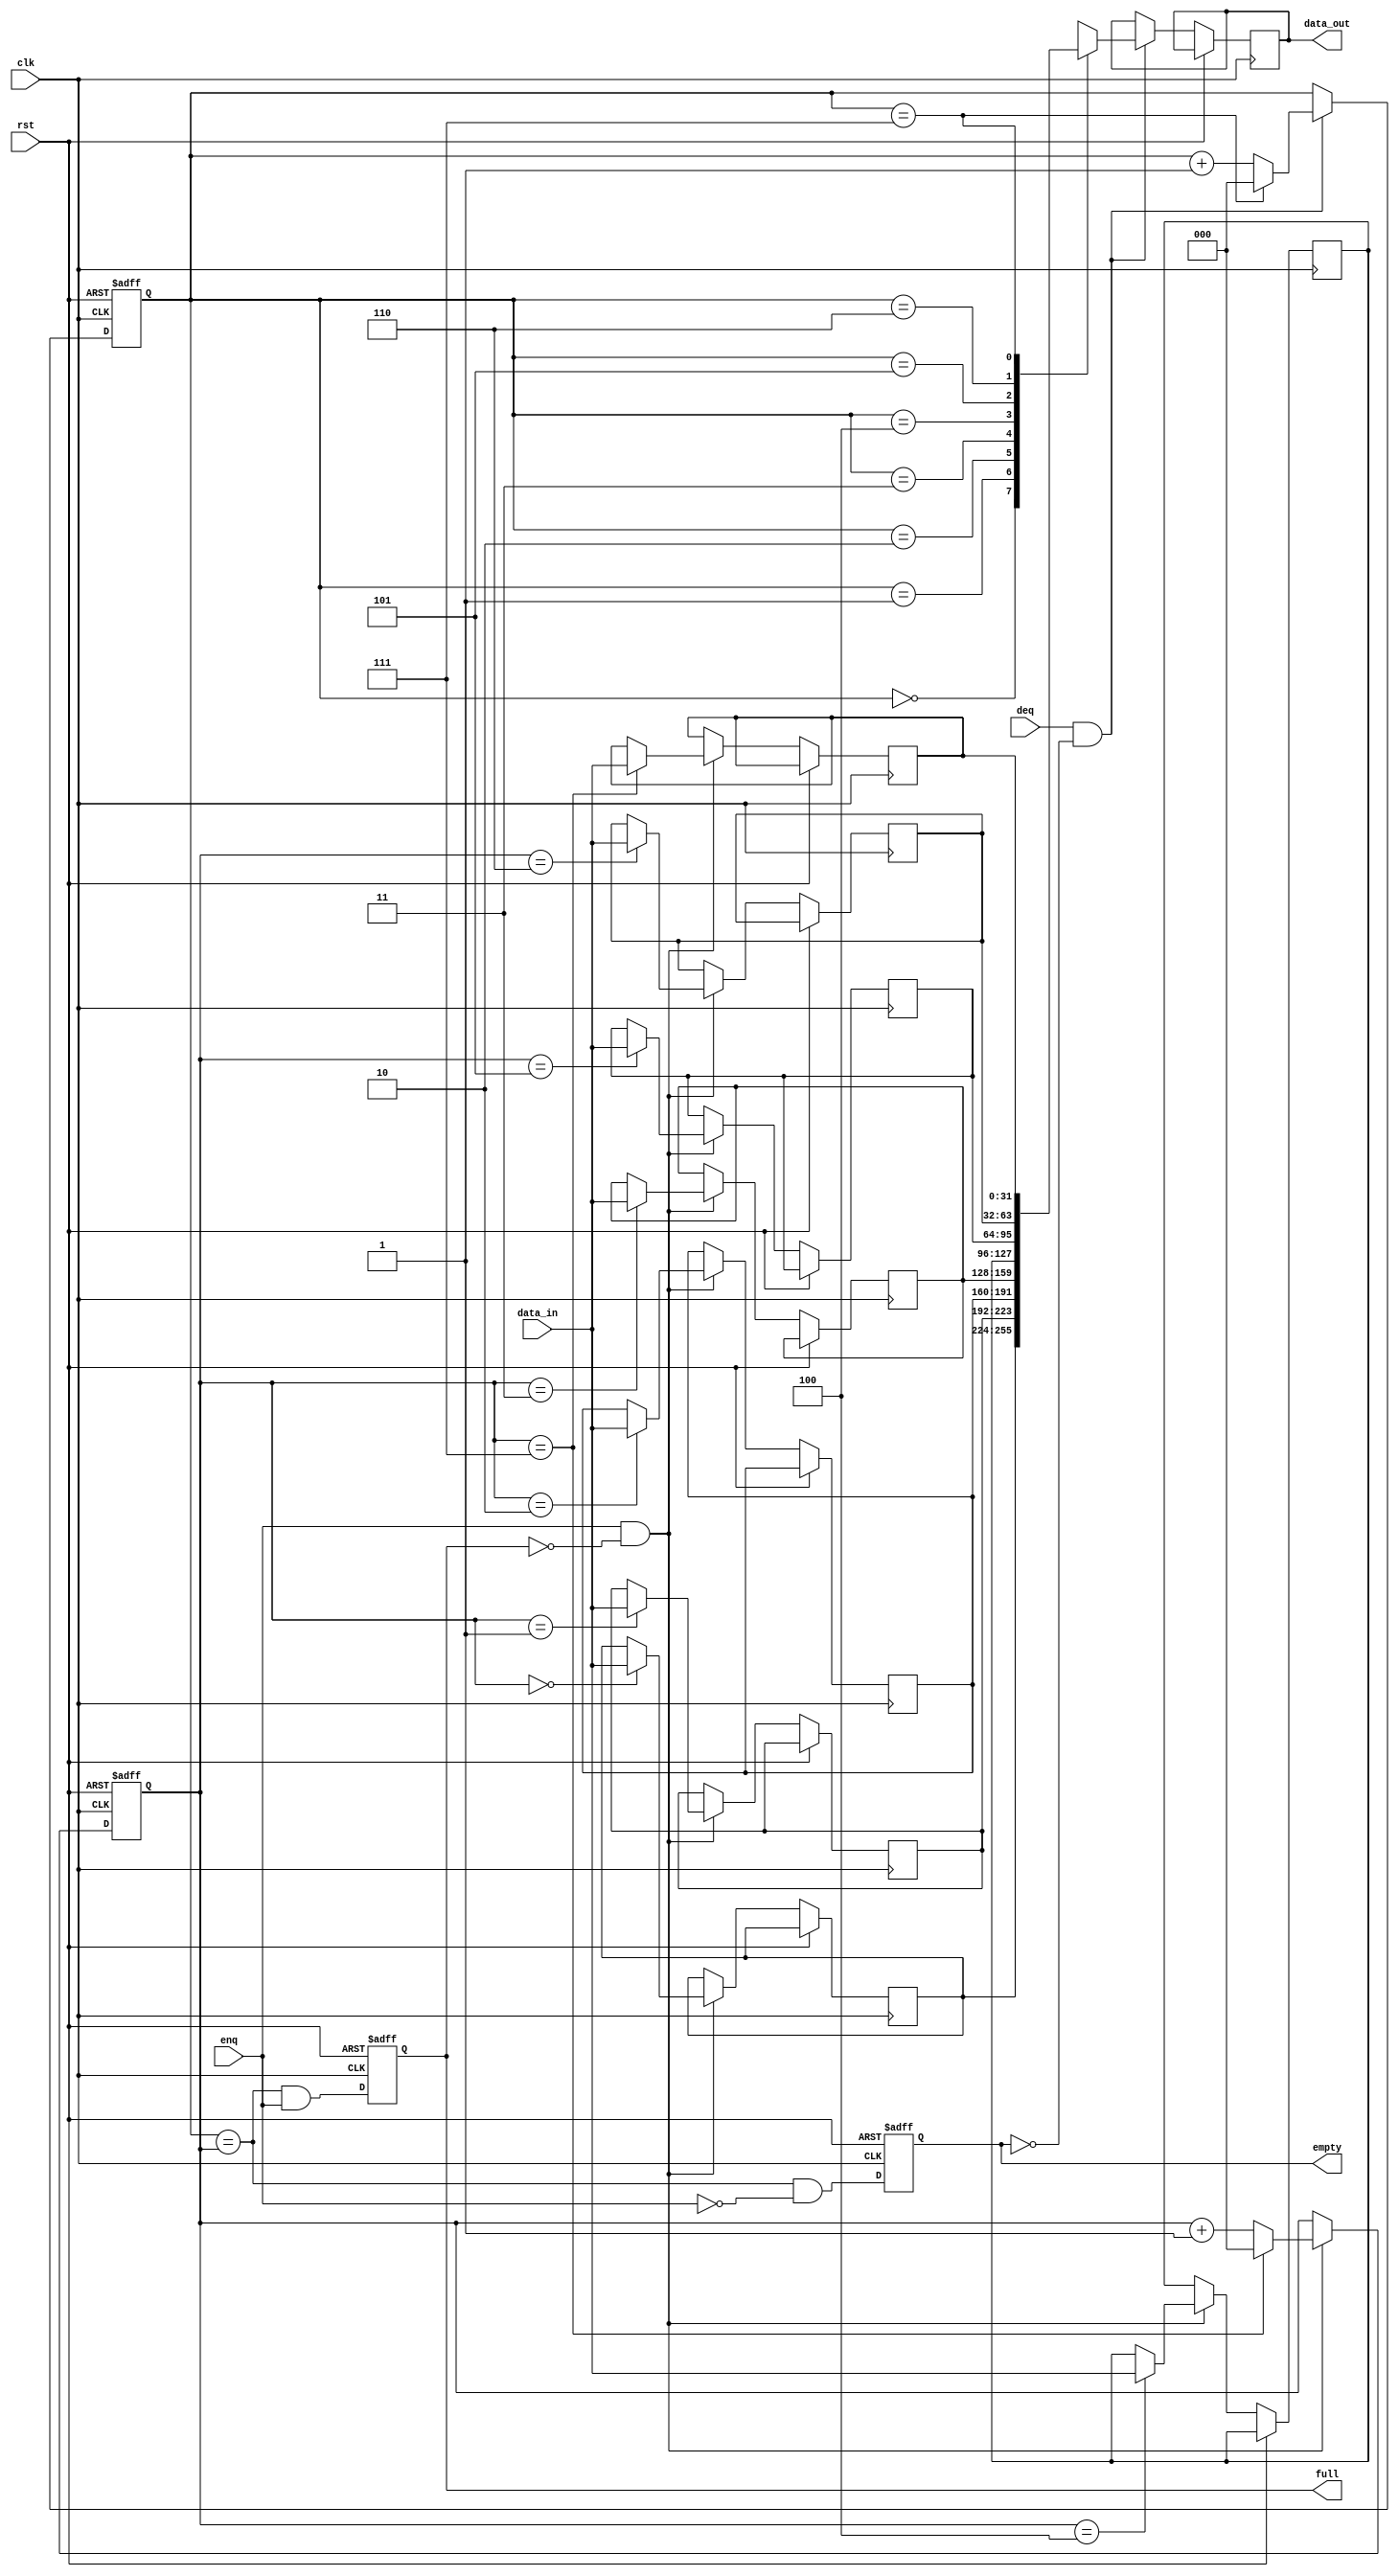
module FIFOQueue(
    input clk,
    input rst,
    input enq,
    input deq,
    input [DATA_WIDTH-1:0] data_in,
    output reg [DATA_WIDTH-1:0] data_out,
    output full,
    output empty
);

parameter DEPTH = 8; // The depth of the FIFO queue
parameter DATA_WIDTH = 32; // Width of data in bits

reg [DATA_WIDTH-1:0] queue[0:DEPTH-1];
reg [2:0] head = 0;
reg [2:0] tail = 0;
reg _full, _empty;
//output [DATA_WIDTH-1:0] data_out;


always @(posedge clk or posedge rst) begin
    if (rst) begin
        // Reset the queue
        head <= 0;
        tail <= 0;
        _full <= 0;
        _empty <= 1;
    end else begin
        // Update full and empty flags
        _full <= (head == tail) && enq;
        _empty <= (head == tail) && !enq;

        // Perform enqueue operation
        if (enq && !full) begin
            queue[tail] <= data_in;
            tail <= (tail == DEPTH-1) ? 0 : tail + 1;
        end

        // Perform dequeue operation
        if (deq && !empty) begin
            data_out <= queue[head];
            head <= (head == DEPTH-1) ? 0 : head + 1;
        end
    end
end

assign full = _full;
assign empty = _empty;
endmodule